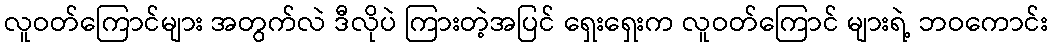
လူဝတ်ကြောင်များ အတွက်လဲ ဒီလိုပဲ ကြားတဲ့အပြင် ရှေးရှေးက လူဝတ်ကြောင် များရဲ့ ဘဝကောင်း